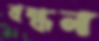
বন্ধন